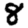
Digit: 8